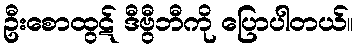
ဦးစောထွဋ် ဒီဗွီဘီကို ပြောပါတယ်။